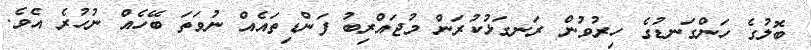
ބޮލުގެ ހަންގަނޑުގެ ހިރުވުން ރަނގަޅުކުރަން މުޖައްރިބު ފަންޑިތައެއް ނުވަތަ ބޭހެއް ނުހުރެ އެވެ.